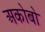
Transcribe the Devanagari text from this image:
अकोबो